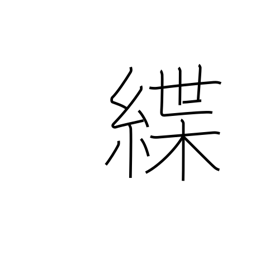
Meaning: leash